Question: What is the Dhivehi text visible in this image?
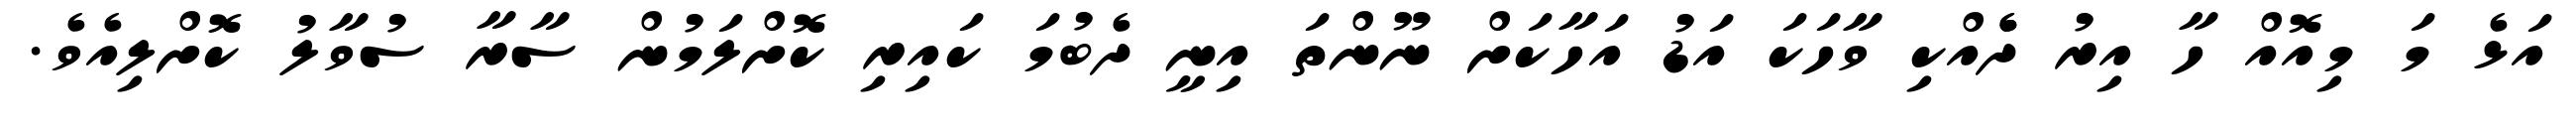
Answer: އަޅެ މަ މިއޮއް ހާ އިރު ދެެއްކި ވާހަކަ އަޑު އަހާކަށް ނޫންތަ އިނީ ދެބުމަ ކައިރި ކޮށްލަމުން ސާރާ ސުވާލު ކޮށްލިއެވެ.